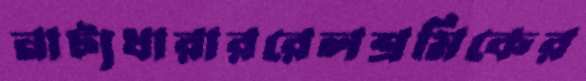
নাট্যধারাররেলশ্রমিকের